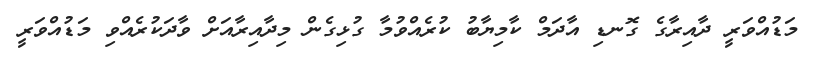
މަޑުއްވަރީ ދާއިރާގެ ގޮނޑި އާދަމް ކާމިޔާބު ކުރެއްވުމާ ގުޅިގެން މިދާއިރާއަށް ވާދަކުރެއްވި މަޑުއްވަރީ